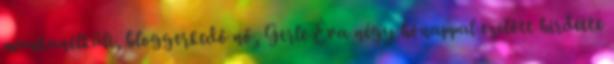
munkanélküli, bloggerkedő nő, Gerle Éva négy hónappal ezelőtt hirdette